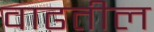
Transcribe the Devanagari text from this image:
वाढतील